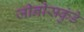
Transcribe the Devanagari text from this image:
जीनीसकुंडे